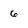
Character: 6